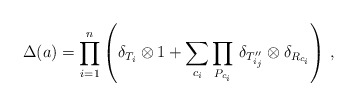
\begin{align*}\Delta (a) = \prod_{i=1}^n \left( \delta_{T_i} \otimes 1 + \sum_{c_i} \prod_{P_{c_i}} \, \delta_{T''_{i_j}} \otimes \delta_{R_{c_i}} \right) \, , \end{align*}